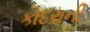
કોદરાની